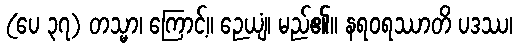
(ပေ ၃၇) တသ္မာ၊ ကြောင့်။ ဉေယျံ၊ မည်၏။ နရဝရဿာတိ ပဒဿ၊